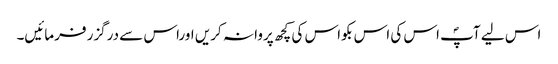
اس لیے آپؐ اس کی اس بکواس کی کچھ پروا نہ کریں اوراس سے درگزر فرمائیں۔